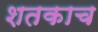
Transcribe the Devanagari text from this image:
शतकाच